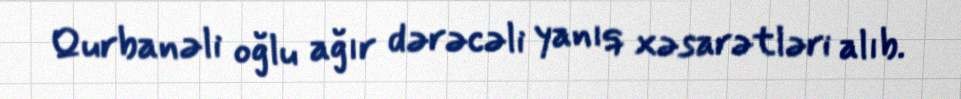
Qurbanəli oğlu ağır dərəcəli yanıq xəsarətləri alıb.